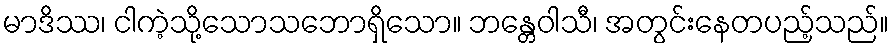
မာဒိဿ၊ ငါကဲ့သို့သောသဘောရှိသော။ ဘန္တေဝါသီ၊ အတွင်းနေတပည့်သည်။